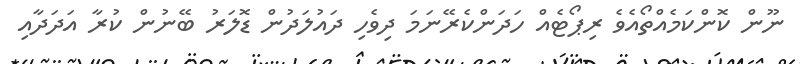
ނޫން ކޮންކަމެއްތޯއެވެ ރިޕޯޓެއް ހަދަންކެރޭނަމަ ދިވެހި ދައުލަދުން ޑޮލަރު ބޭނުން ކުރާ އަދަދާއި